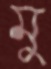
মু